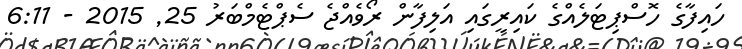
ހައިފާގެ ހޮސްޕިޓަލެއްގެ ކައިރީގައި އަލިފާން ރޯވެއްޖެ ސެޕްޓެމްބަރު 25